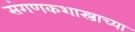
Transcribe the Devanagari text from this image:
संगणकशास्त्राच्या